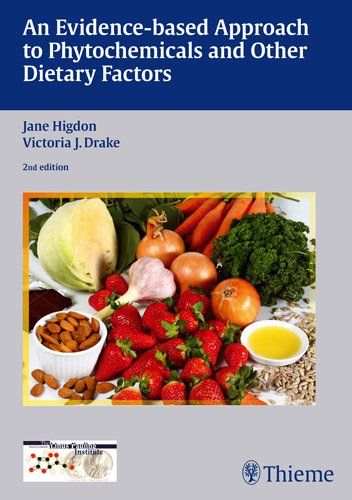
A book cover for Evidence-Based Approach to Phytochemicals and Other Dietary Factors; Jane Higdon; Medical Books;